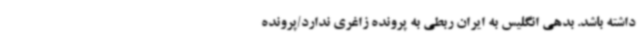
داشته باشد. بدهی انگلیس به ایران ربطی به پرونده زاغری ندارد/پرونده